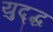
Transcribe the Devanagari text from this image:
युद्द्ध